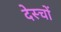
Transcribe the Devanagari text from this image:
देस्चों